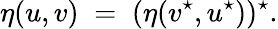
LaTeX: \eta(u,v)\; =\; (\eta(v^{\star},u^{\star}))^{\star}.